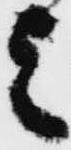
之